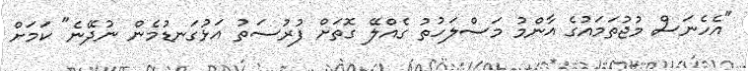
"އެހެނަސް މުޖުތަމައުގެ އާންމު މަސްލަހުތު ގެއްލޭ ގޮތަށް ފުރުސަތު އަޅުގަނޑުމެން ނުދޭނެ" ކަމަށް